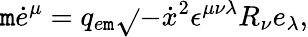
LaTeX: \mathtt{m}\dot{{e}}^{\mu}=q_{e\mathtt{m}}\sqrt{}{{-\dot{{x}}{}^{2}}}\epsilon^{\mu\nu\lambda}R_{\nu}e_{\lambda},